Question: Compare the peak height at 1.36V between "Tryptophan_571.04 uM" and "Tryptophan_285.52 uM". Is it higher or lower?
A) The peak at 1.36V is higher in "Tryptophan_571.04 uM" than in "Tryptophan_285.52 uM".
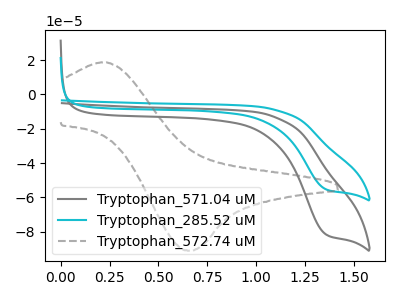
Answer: <think>The gray curve "Tryptophan_571.04 uM" has a cathodic peak at: (1.35V, -81.60uA). The cyan curve "Tryptophan_285.52 uM" has a cathodic peak at: (1.35V, -55.30uA). The gray dashed curve "Tryptophan_572.74 uM" has an anodic peak at (0.20V, 18.60uA) and a cathodic peak at (0.65V, -91.00uA).</think>
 <answer>A) The peak at 1.36V is higher in "Tryptophan_571.04 uM" than in "Tryptophan_285.52 uM".</answer>
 <eval>A</eval>